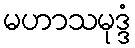
မဟာသမုဒ္ဒံ